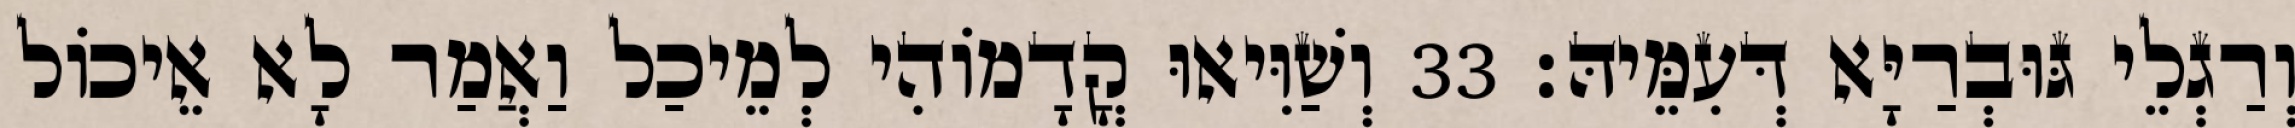
וְרַגְלֵי גּוּבְרַיָּא דְּעִמֵּיהּ׃ 33 וְשַׁוִּיאוּ קֳדָמוֹהִי לְמֵיכַל וַאֲמַר לָא אֵיכוֹל